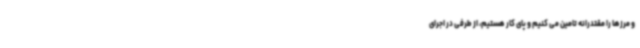
و مرزها را مقتدرانه تامین می کنیم و پای کار هستیم، از طرفی در اجرای